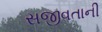
સજીવતાની